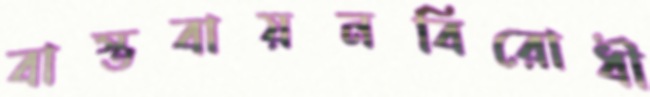
বাস্তবায়নবিরোধী